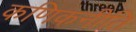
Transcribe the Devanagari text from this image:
कणिकनीति